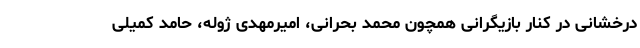
درخشانی در کنار بازیگرانی همچون محمد بحرانی، امیرمهدی ژوله، حامد کمیلی